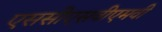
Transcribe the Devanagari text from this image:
एससीएसवीएमवी